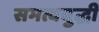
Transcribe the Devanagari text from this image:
समत्वबुद्धी